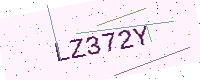
Text: LZ372Y